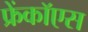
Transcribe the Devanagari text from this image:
फ्रेंकॉएस